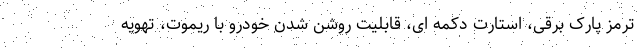
ترمز پارک برقی، استارت دکمه ای، قابلیت روشن شدن خودرو با ریموت، تهویه